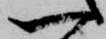
一